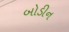
બોડીન